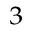
_ 3